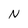
Character: N